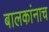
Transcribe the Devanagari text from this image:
बालकांनाच